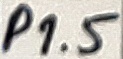
Text: P1.5